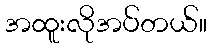
အထူးလိုအပ်တယ်။